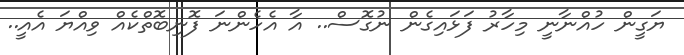
ޔަގީން ހުއްނާނީ މިހާރު ފަޅައިގެން ނުގޮސް.. އާ އެހެންނަ ފޮނިބޮތްކެއް ވިއްޔަ އެއީ..